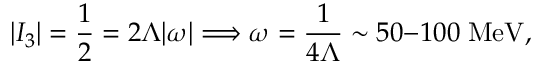
| I _ { 3 } | = { \frac { 1 } { 2 } } = 2 \Lambda | \omega | \Longrightarrow \omega = { \frac { 1 } { 4 \Lambda } } \sim 5 0 \mathrm { - } 1 0 0 \; \mathrm { M e V } ,